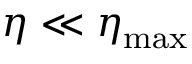
\eta \ll \eta _ { \mathrm { m a x } }